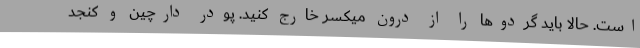
است. حالا باید گردوها را از درون میکسر خارج کنید. پودر دارچین و کنجد